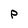
Character: p